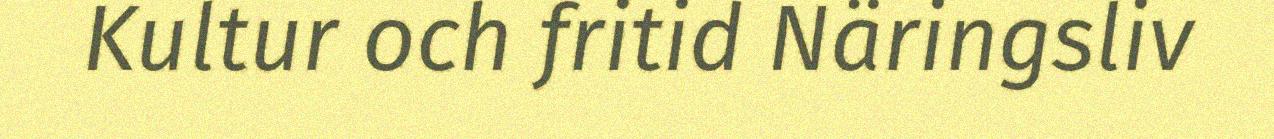
Kultur och fritid Näringsliv